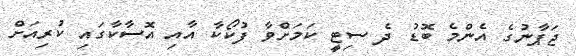
ޖަޕާނުގެ އެންމެ ބޮޑު ދެ ސިޓީ ކަމަށްވާ ފުކޯކާ އާއި އޮސާކާގައި ކުރިއަށް